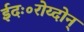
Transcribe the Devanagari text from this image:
ईदः॰रोय्दोन्